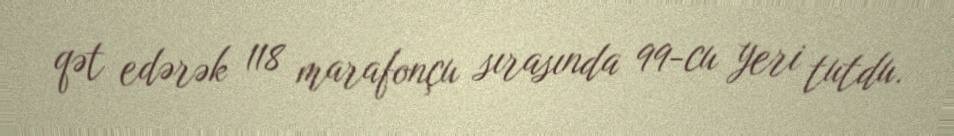
qət edərək 118 marafonçu sırasında 99-cu yeri tutdu.